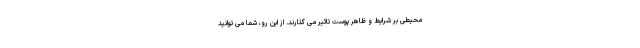
محیطی بر شرایط و ظاهر پوست تاثیر می گذارند. از این رو، شما می توانید